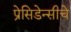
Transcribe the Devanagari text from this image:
प्रेसिडेन्सीचे